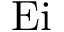
\mathrm { E i }